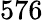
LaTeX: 576